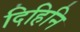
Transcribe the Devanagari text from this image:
दिहिनि